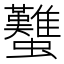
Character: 𧕴